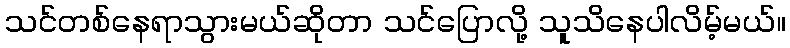
သင်တစ်နေရာသွားမယ်ဆိုတာ သင်ပြောလို့ သူသိနေပါလိမ့်မယ်။